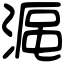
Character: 𣸰